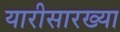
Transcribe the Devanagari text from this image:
यारीसारख्या